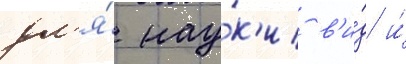
дл'я́ нау́к'и в'и́д и́